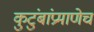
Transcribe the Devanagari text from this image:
कुटुंबांप्रमाणेच